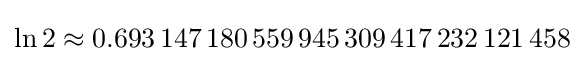
\ln 2\approx 0.693\,147\,180\,559\,945\,309\,417\,232\,121\,458